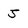
Character: 5